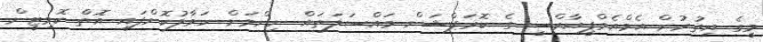
މީގެ އިތުރުން އެމްއެމްޕީއާރްސީ ގެ ކޮރަޕްޝަން މައްސަލަތައް ނިންމަން ހަވާލުކޮށްފައި އޮތް ކޮމިޓީން